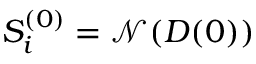
S _ { i } ^ { ( 0 ) } = \mathcal { N } ( D ( { { 0 } } ) )